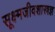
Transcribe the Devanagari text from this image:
सूक्ष्मजीवशास्त्रज्ञ